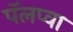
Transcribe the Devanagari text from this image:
पॅलप्वा